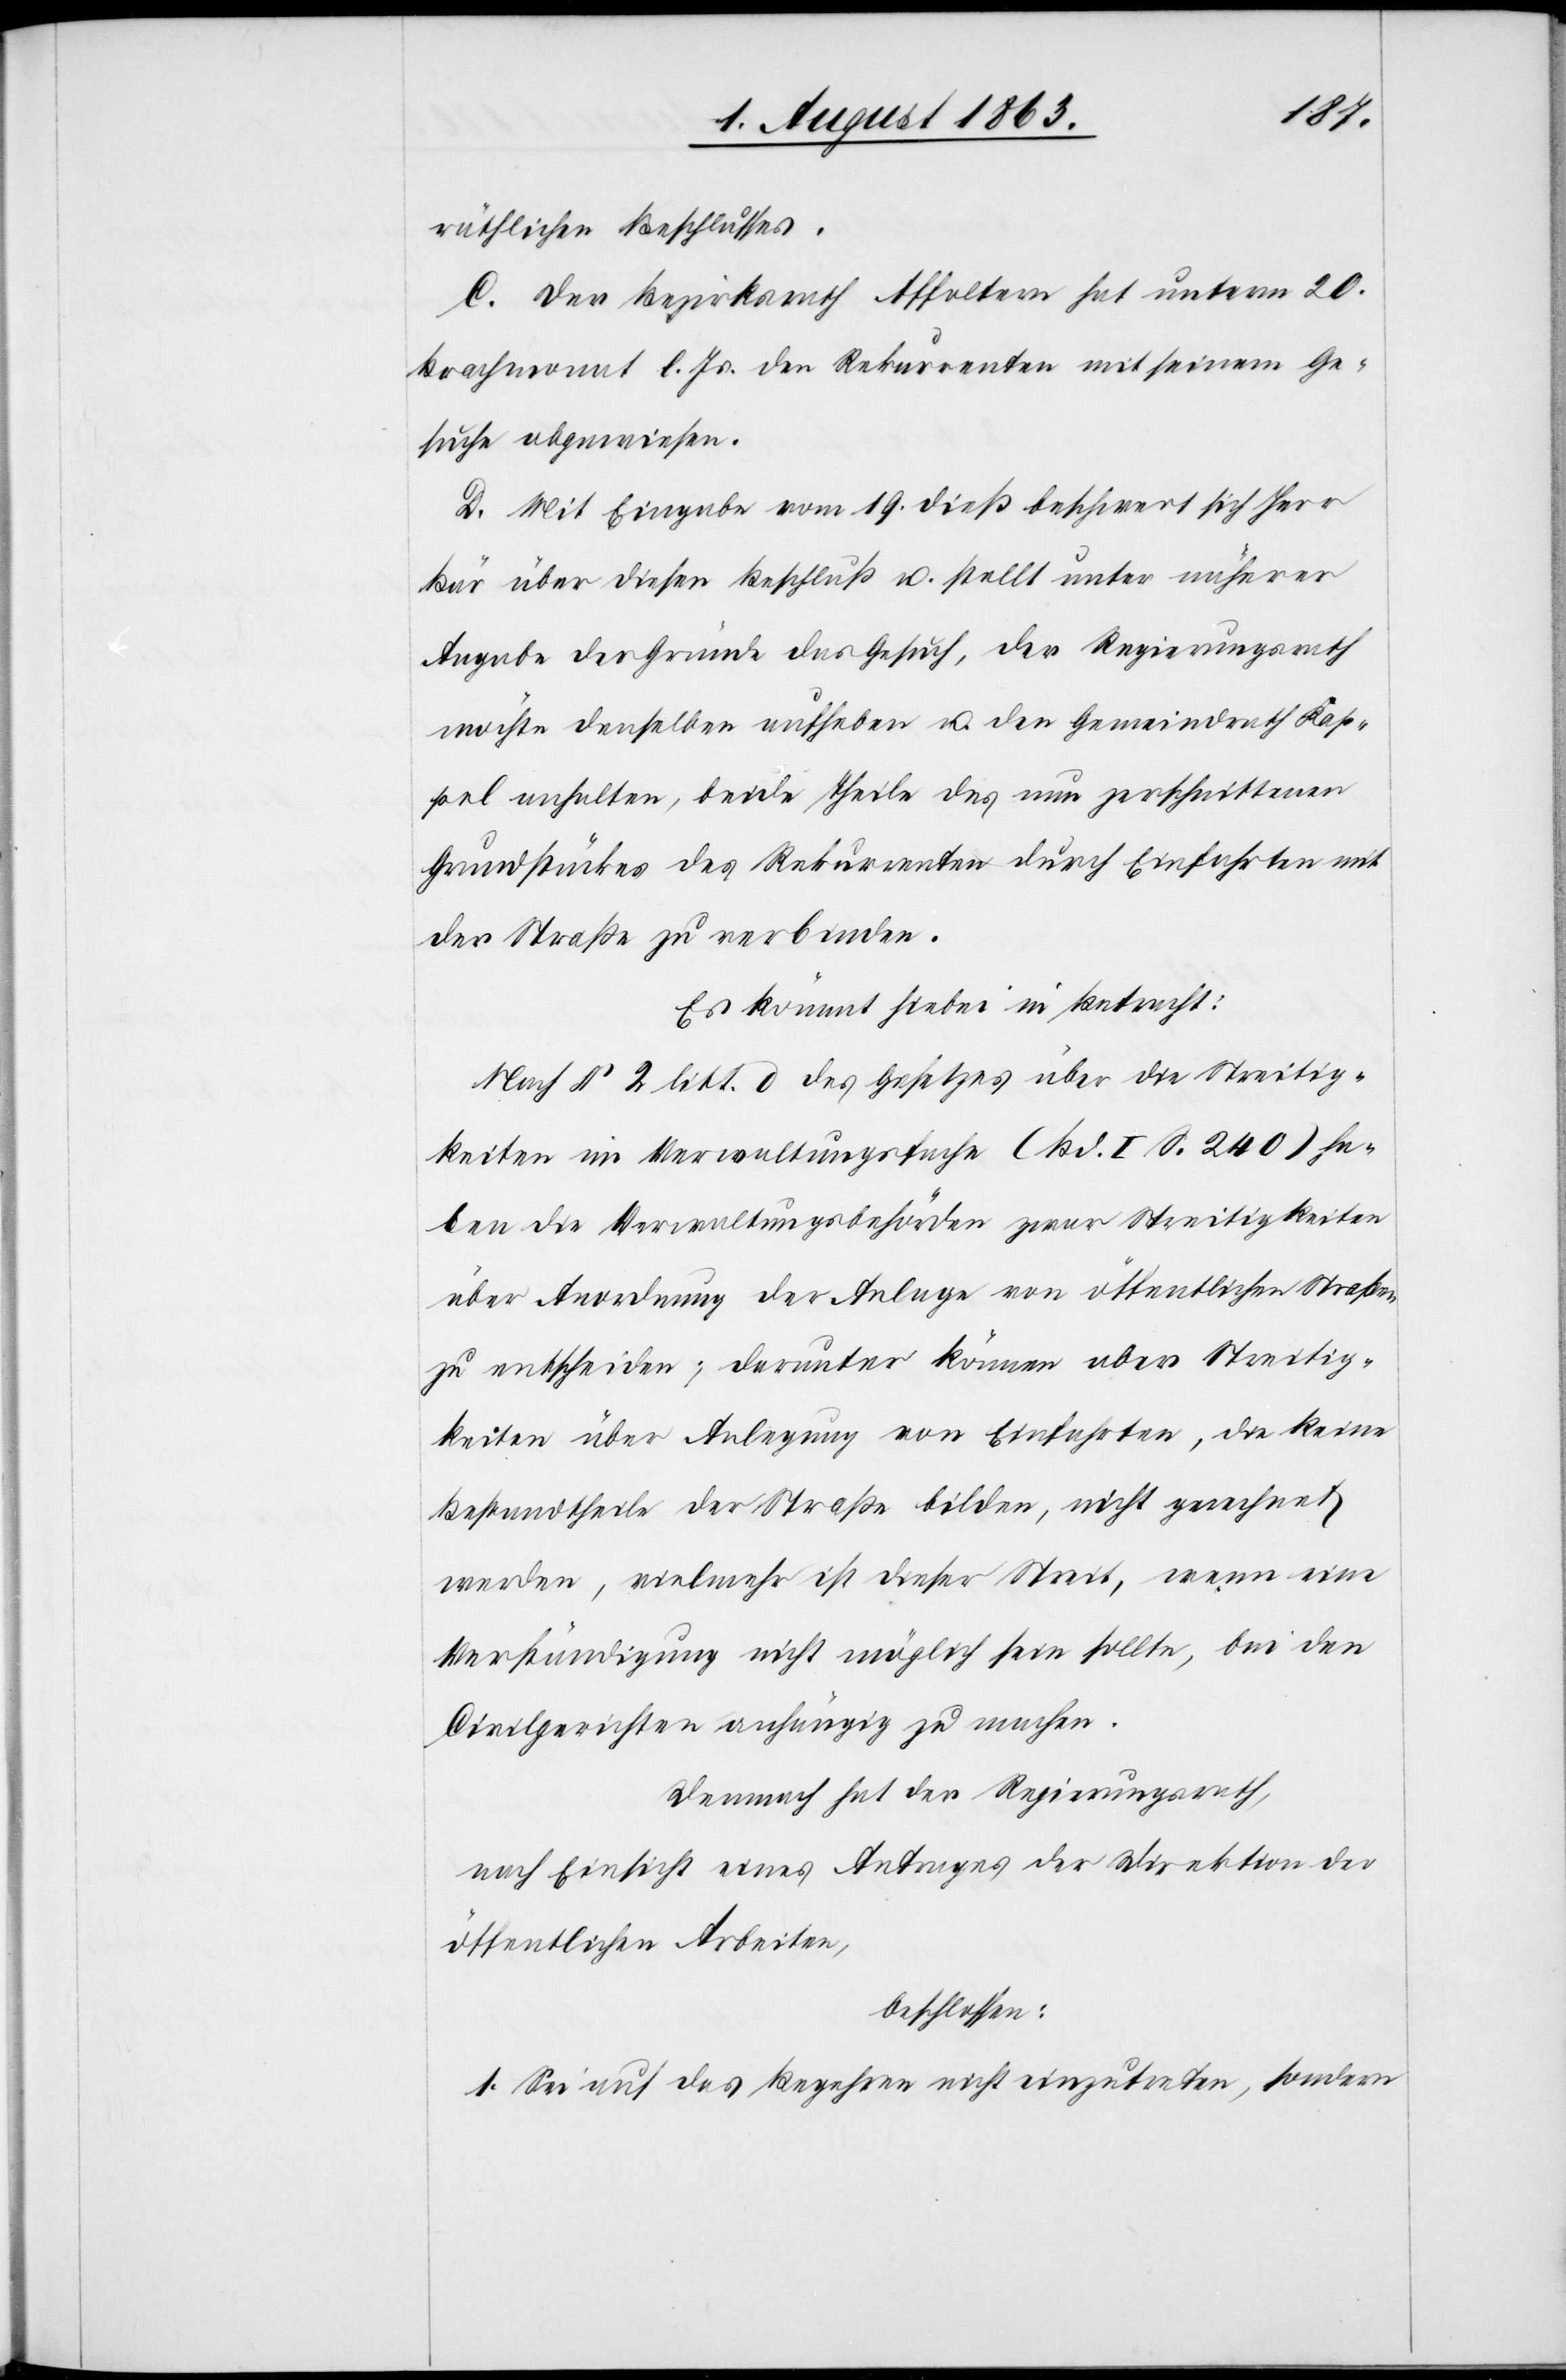
räthlichen Beschlusses.
C. Der Bezirksrath Affoltern hat unterm 20.
Brachmonat l. Js. den Rekurrenten mit seinem Ge¬
suche abgewiesen.
D. Mit Eingabe vom 19. dieß beschwert sich Herr
Bär über diesen Beschluß u. stellt unter näherer
Angabe der Gründe das Gesuch, der Regierungsrath
möchte denselben aufheben u. den Gemeindrath Kap¬
pel anhalten, beide Theile des nun zerschnittenen
Grundstückes des Rekurrenten durch Einfahrten mit
der Straße zu verbinden.
Es kömmt hiebei in Betracht:
Nach § 2 litt. d des Gesetzes über die Streitig¬
keiten im Verwaltungsfache (Bd. I S. 240) ha¬
ben die Verwaltungsbehörden zwar Streitigkeiten
über Anordnung der Anlage von öffentlichen Straßen
zu entscheiden; darunter können aber Streitig¬
keiten über Anlegung von Einfahrten, die keine
Bestandtheile der Straße bilden, nicht gerechnet
werden, vielmehr ist dieser Streit, wenn eine
Verständigung nicht möglich sein sollte, bei den
Civilgerichten anhängig zu machen.
Demnach hat der Regierungsrath,
nach Einsicht eines Antrages der Direktion der
öffentlichen Arbeiten,
beschlossen:
1. Sei auf das Begehren nicht einzutreten, sondern